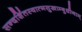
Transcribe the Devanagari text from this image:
सन्दर्शितस्वात्मसुखाम्बुधीनाम्